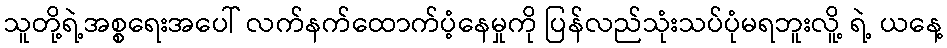
သူတို့ရဲ့အစ္စရေးအပေါ် လက်နက်ထောက်ပံ့နေမှုကို ပြန်လည်သုံးသပ်ပုံမရဘူးလိူ့ ရဲ့ ယနေ့